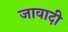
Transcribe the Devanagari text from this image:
जावादी